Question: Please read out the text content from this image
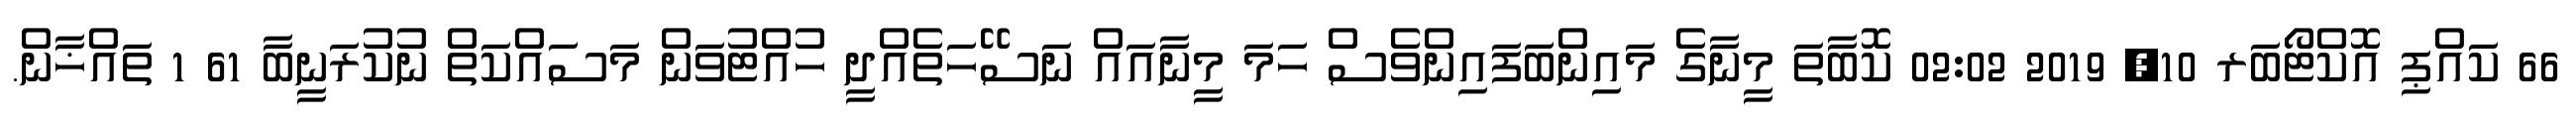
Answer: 66 ކައްޕި އޮކްޓޯބަރ 10, 2019 02:02 ކޮބާތަ މީނާގެ މައިންބަފައިންވެސް ހަމަ މީނާއައް ނަސޭހަތެއްދީ ހުއްޓުވަން މަސައްކަތް ނުކުރަނީބާ 61 1 ތައްޚާން.